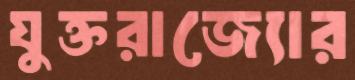
যুক্তরাজ্যোর